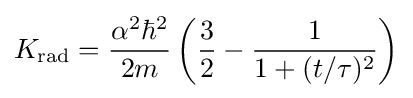
K_{\text{rad}}={\frac {\alpha ^{2}\hbar ^{2}}{2m}}\left({\frac {3}{2}}-{\frac {1}{1+(t/\tau )^{2}}}\right)